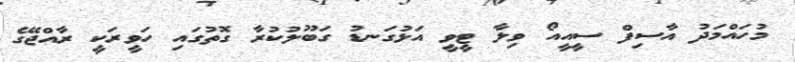
މުހައްމަދު އާސިފް ސީއީއޯ ވިލާ ޓީވީ އަޅުގަނޑު ގަބޫލުކުރާ ގޮތުގައި ހަވީރަކީ ރާއްޖޭގެ